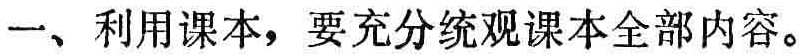
一、利用课本，要充分统观课本全部内容。